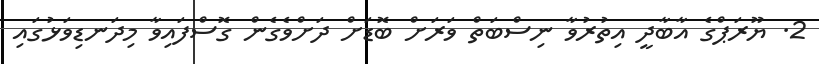
2. ޔޫރަޕްގެ އާބާދީ އިތުރުވާ ނިސްބަތް ވަރަށް ބޮޑަށް ދަށްވެގެން ގޮސްފައިވާ މިދަނޑިވަޅުގައި